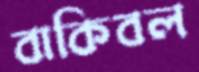
বাকিবল